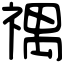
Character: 禑